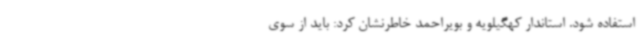
استفاده شود. استاندار کهگیلویه و بویراحمد خاطرنشان کرد: باید از سوی